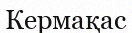
Кермақас